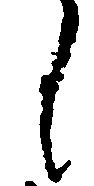
に